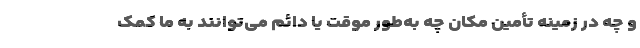
و چه در زمینه تأمین مکان چه به‌طور موقت یا دائم می‌توانند به ما کمک